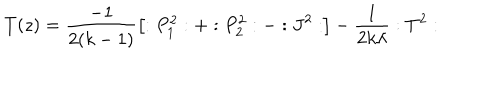
T ( z ) = \frac { - 1 } { 2 ( k - 1 ) } \left[ : P _ { 1 } ^ { 2 } : + : P _ { 2 } ^ { 2 } : - : J ^ { 2 } : \right] - \frac 1 { 2 k \lambda } : T ^ { 2 } :